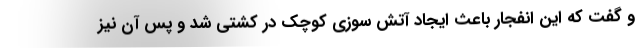
و گفت که این انفجار باعث ایجاد آتش سوزی کوچک در کشتی شد و پس آن نیز